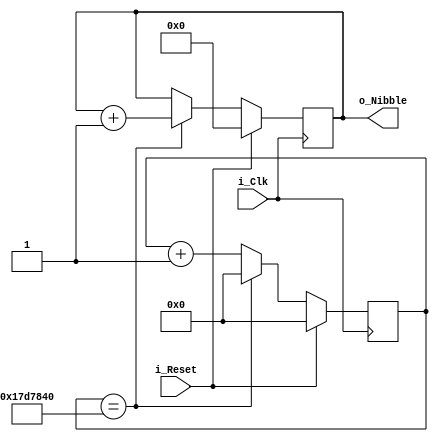
module Auto_Counter #(
  parameter g_Delay = 25000000
) (
  input i_Clk,
  input i_Reset,
  output [3:0] o_Nibble
);

  reg [3:0] r_Nibble = 4'h0;
  reg [31:0] r_Delay = 32'd0;
    
  always @(posedge i_Clk) begin
    if (i_Reset) begin
      r_Delay <= 0;
      r_Nibble <= 0;
    end else if (r_Delay == g_Delay) begin
      r_Delay <= 0;
      r_Nibble <= r_Nibble + 1;
    end else begin
      r_Delay <= r_Delay + 1;
    end
  end

  assign o_Nibble = r_Nibble;

endmodule